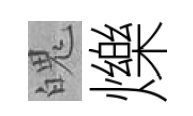
魄爍